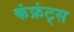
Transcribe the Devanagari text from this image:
कंफ्रंट्स